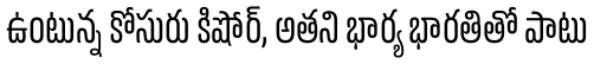
ఉంటున్న కోసురు కిషోర్, అతని భార్య భారతితో పాటు